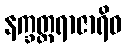
နက္ခတ္တရာဇာရိဝ